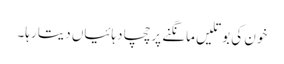
خون کی بوتلیں مانگنے پر چچا دہائیاں دیتا رہا۔